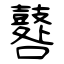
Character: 鼛